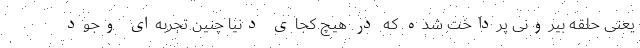
یعنی حلقه بیرونی پرداخت شده که در هیچ کجای دنیا چنین تجربه‌ای وجود